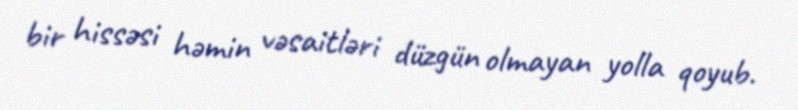
bir hissəsi həmin vəsaitləri düzgün olmayan yolla qoyub.